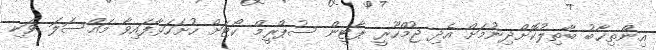
އިންތިޚާބު ބާތިލުކޮށްދިނުމަށް އެދި ޖުމްހޫރީ ޕާޓީން ސުޕްރީމް ކޯޓަށް ހުށަހަޅާފައިވާ މައްސަލަ ވަކި